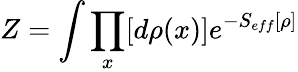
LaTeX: Z=\int\prod_{x}[d\rho(x)]e^{-S_{eff}[\rho]}